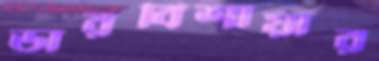
ডারবিশায়ার